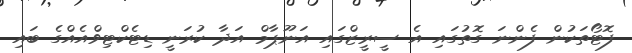
ފޮޓޯތަކުން ފެންނަ ގޮތުގައި އެ ސީރީޒްގައި އަނޫޕާމް އަދާ ކުރަނީ ޑިޓެކްޓިވްއެއްގެ ބައި